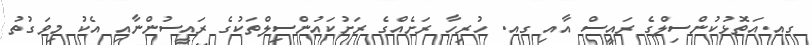
ގއ.އަތޮޅުކުންސިލްގެ ރައީސް އާއި ގއ. ހުރިހާ ރަށެއްގެ ރަށުކައުންސިލްތަކުގެ ރައީސުންނާއި އެކު މިވަގުތު